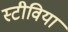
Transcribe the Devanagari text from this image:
स्टीविया